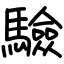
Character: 驗